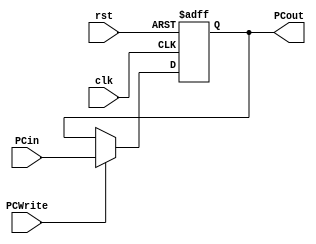
`timescale 1ns/1ns
module PC(input clk, rst, input PCWrite, input  [31:0] PCin, output reg [31:0]PCout);
	always @(posedge clk, posedge rst) begin
		if (rst == 1)
			PCout <= 32'b0;
		else
		  if(PCWrite)
			  PCout <= PCin ;
			else
			  PCout <= PCout ;
	end
endmodule